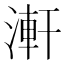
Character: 𣺕